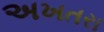
અખતરા